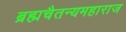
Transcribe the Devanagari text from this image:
ब्रह्मचैतन्यमहाराज